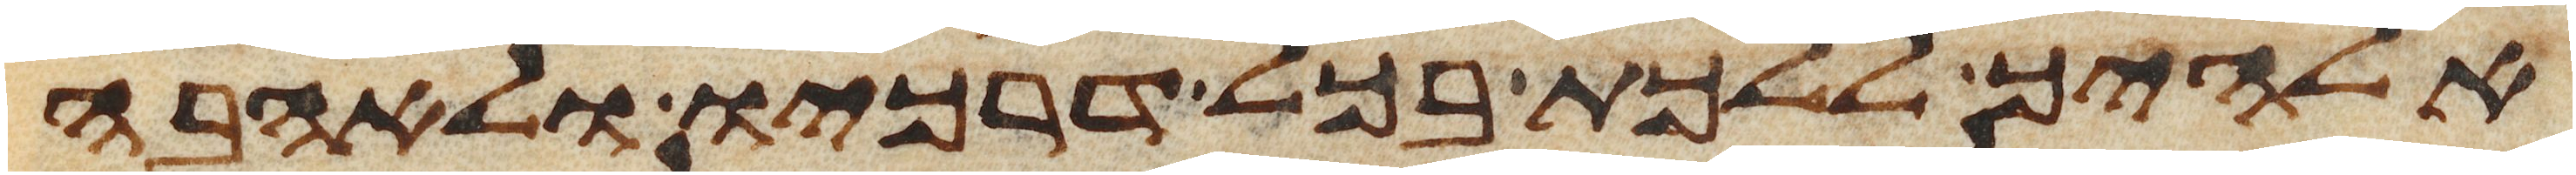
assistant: אלהיך ללכת בכל דרכיו ולאהבה